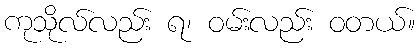
ကုသိုလ်လည်း ရ၊ ဝမ်းလည်း ဝတယ်။